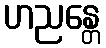
ဟညန္တေ